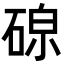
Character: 𪿧